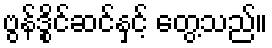
ဗွန်ဒွိုင်ဆင်နှင့် တွေ့သည်။